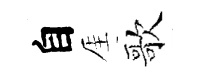
自厓歌